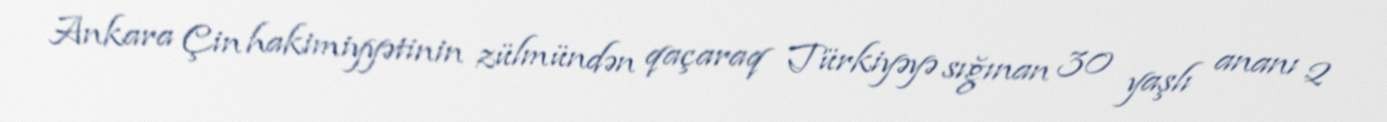
Ankara Çin hakimiyyətinin zülmündən qaçaraq Türkiyəyə sığınan 30 yaşlı ananı 2